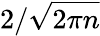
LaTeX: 2/{\sqrt{2\pi n}}